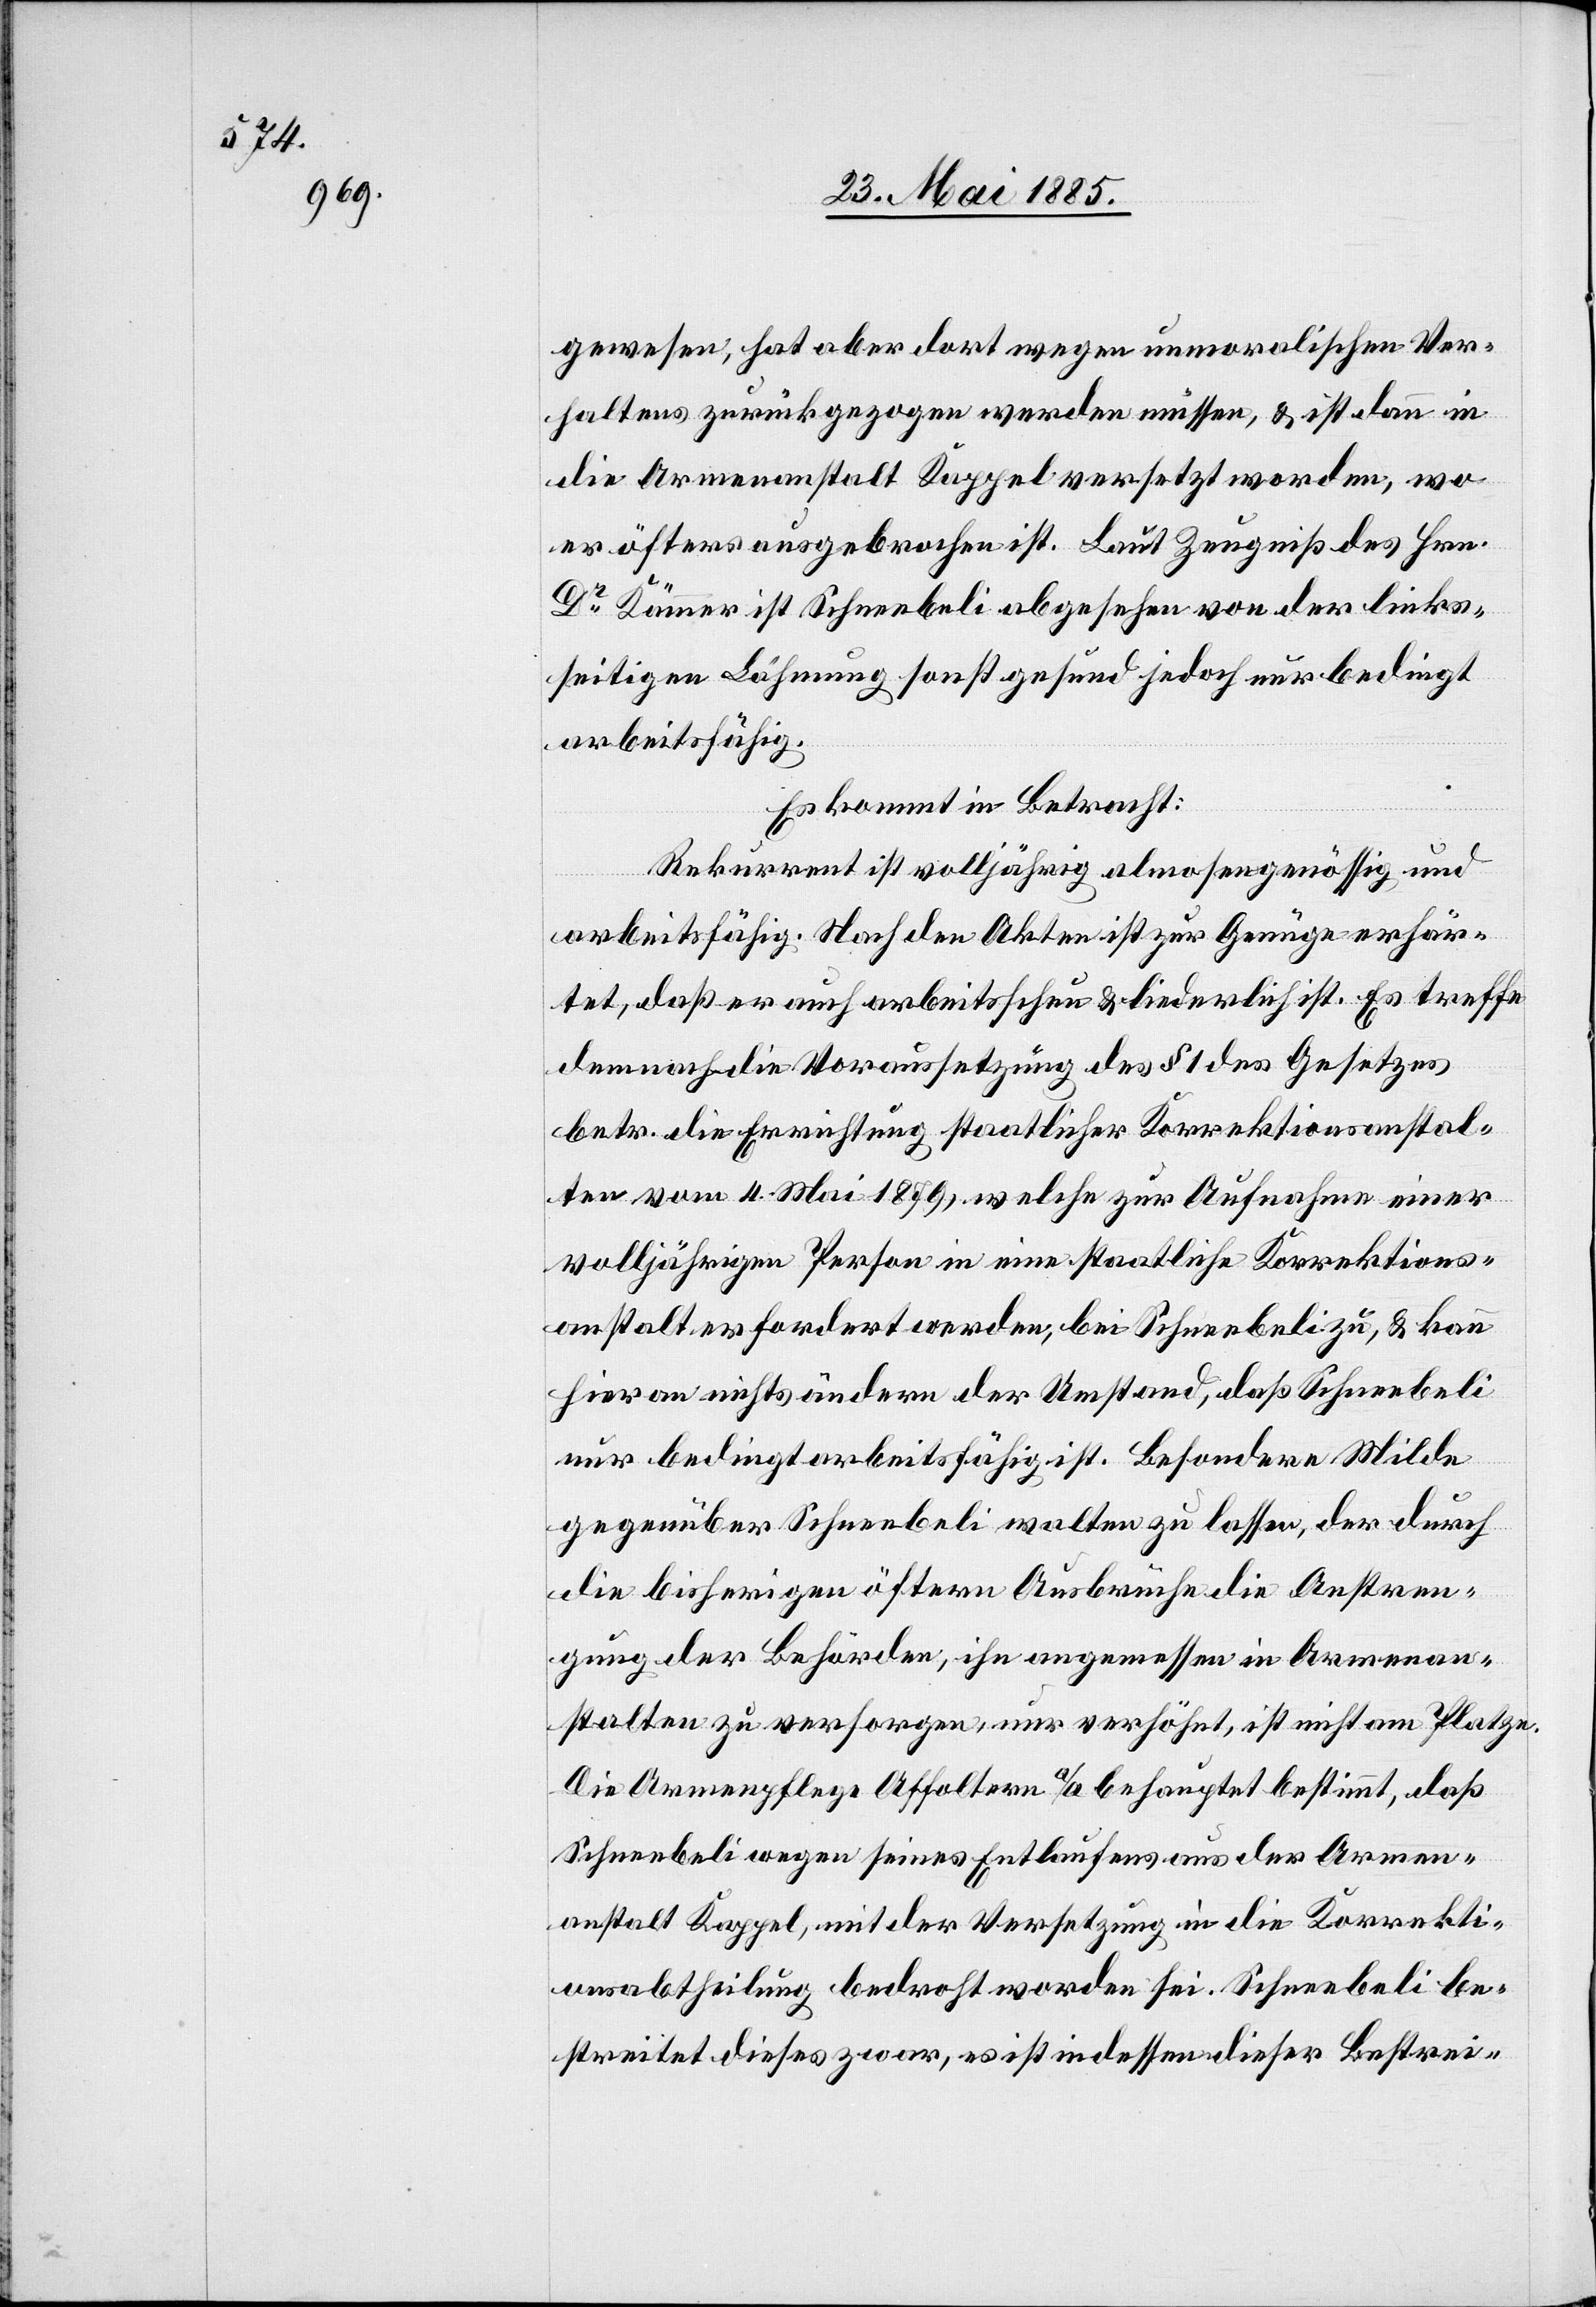
gewesen, hat aber dort wegen unmoralischen Ver¬
haltens zurückgezogen werden müssen, & ist dann in
die Armenanstalt Kappel versetzt worden, wo
er öfters ausgebrochen ist. Laut Zeugniß des Hrn.
Dr Kämmer ist Schneebeli abgesehen von der links¬
seitigen Lähmung sonst gesund jedoch nur bedingt
arbeitsfähig.
Es kommt in Betracht:
Rekurrent ist volljährig almosengenössig und
arbeitsfähig. Nach den Akten ist zur Genüge erhär¬
tet, daß er auch arbeitsscheu & liederlich ist. Es treffe
demnach die Voraussetzung des § 1 des Gesetzes
betr. die Errichtung staatlicher Korrektionsanstal¬
ten vom 4. Mai 1879, welche zur Aufnahme einer
volljährigen Person in eine staatliche Korrektions¬
anstalt erfordert werden, bei Schneebeli zu, & kann
hier an nichts ändern der Umstand, daß Schneebeli
nur bedingt arbeitsfähig ist. Besondere Milde
gegenüber Schneebeli walten zu lassen, der durch
die bisherigen öftern Ausbrüche die Anstren¬
gung der Behörden, ihn angemessen in Armenan¬
stalten zu versorgen, nur verhöhnt, ist nicht am Platze.
Die Armenpflege Affoltern a/A behauptet bestimmt, daß
Schneebeli wegen seines Entlaufens aus der Armen¬
anstalt Kappel, mit der Versetzung in die Korrekti¬
onsabtheilung bedroht worden sei. Schneebeli be¬
streitet dieses zwar, es ist indessen dieser Bestrei-